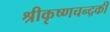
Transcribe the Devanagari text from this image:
श्रीकृष्णचन्द्रकी